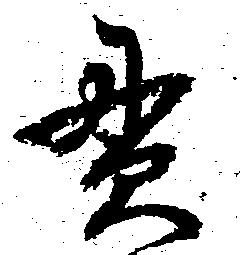
貫